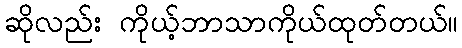
ဆိုလည်း ကိုယ့်ဘာသာကိုယ်ထုတ်တယ်။